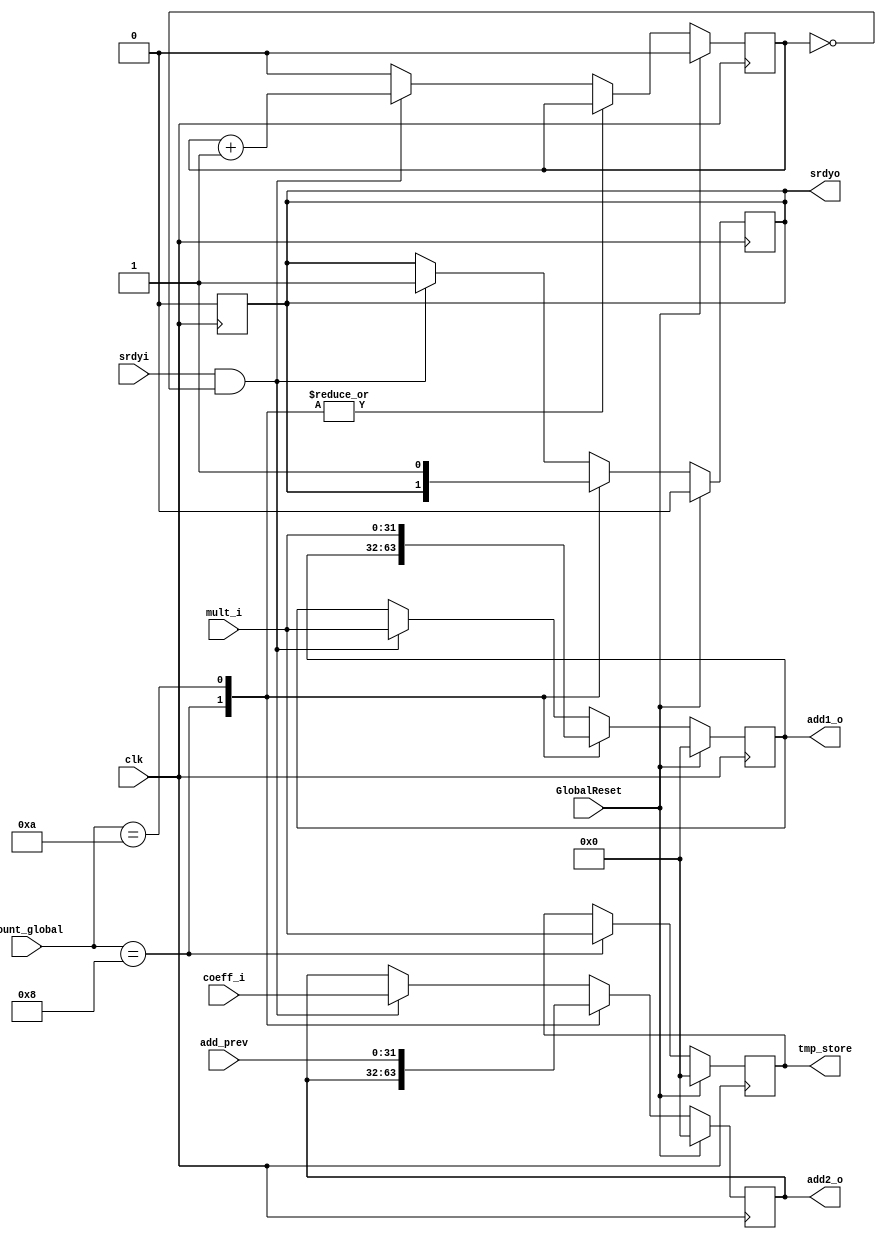
module multiplier_output_reg(
   input srdyi,
   input clk,
   input GlobalReset,
   input [4:0] count_global, 
   input [31:0]  coeff_i,
   input [31:0]  mult_i, 
   input [31:0] add_prev,
   output reg [31:0] add1_o, 
   output reg [31:0] add2_o,
   output reg [31:0] tmp_store,
   output reg srdyo
  );

reg counter;

always @(posedge clk)
begin
  if(GlobalReset == 1)
  begin
    add1_o <=0;
    add2_o <=0;
    tmp_store <=0;
    srdyo  <=0;
    counter <=0;
  end
  else if(GlobalReset == 0)
  begin 
    case(count_global)
      5'd8:
      begin
        tmp_store <= mult_i; 
      end
      5'd10:
      begin
        add1_o <= mult_i;
        add2_o <= add_prev;
        srdyo  <=1;
      end
 /*     5'd12:
      begin
        srdyo <=0;  
      end  */   
      default:
      begin
        if(srdyi == 1 && counter ==0)
        begin
          counter <= counter +1;
          add1_o <=mult_i;  
          add2_o <=coeff_i;
          srdyo <=1;
        end
        else if(counter == 1)
        begin       
          counter <=0;
        end 
      end
    endcase
  end
end

always @(posedge clk)
begin
  if(srdyo == 1)
  begin
    srdyo <= 0;
  end
end

endmodule